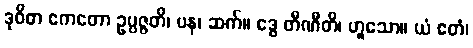
ဒုဝိဓာ ဧကတော ဥပ္ပဇ္ဇတိ၊ ပန၊ ဆက်။ ဒွေ တီဏီတိ၊ ဟူသော။ ယံ ဧတံ၊